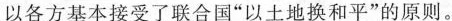
以各方基本接受了联合国”以土地换和平”的原则。